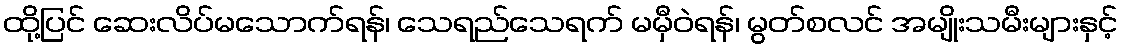
ထို့ပြင် ဆေးလိပ်မသောက်ရန်၊ သေရည်သေရက် မမှီဝဲရန်၊ မွတ်စလင် အမျိုးသမီးများနှင့်